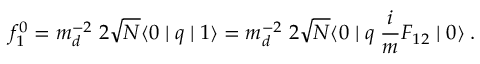
f _ { 1 } ^ { 0 } = m _ { d } ^ { - 2 } \; 2 \sqrt { N } \langle 0 \mid q \mid 1 \rangle = m _ { d } ^ { - 2 } \; 2 \sqrt { N } \langle 0 \mid q \; \frac { i } { m } F _ { 1 2 } \mid 0 \rangle \; .